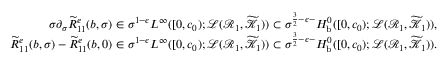
\begin{array} { r } { \sigma \partial _ { \sigma } \widetilde { R } _ { 1 1 } ^ { e } ( b , \sigma ) \in \sigma ^ { 1 - \epsilon } L ^ { \infty } ( [ 0 , c _ { 0 } ) ; \mathcal { L } ( \mathcal { R } _ { 1 } , \widetilde { \mathcal { K } } _ { 1 } ) ) \subset \sigma ^ { \frac 3 2 - \epsilon - } H _ { \mathrm { b } } ^ { 0 } ( [ 0 , c _ { 0 } ) ; \mathcal { L } ( \mathcal { R } _ { 1 } , \widetilde { \mathcal { K } } _ { 1 } ) ) , } \\ { \widetilde { R } _ { 1 1 } ^ { e } ( b , \sigma ) - \widetilde { R } _ { 1 1 } ^ { e } ( b , 0 ) \in \sigma ^ { 1 - \epsilon } L ^ { \infty } ( [ 0 , c _ { 0 } ) ; \mathcal { L } ( \mathcal { R } _ { 1 } , \widetilde { \mathcal { K } } _ { 1 } ) ) \subset \sigma ^ { \frac 3 2 - \epsilon - } H _ { \mathrm { b } } ^ { 0 } ( [ 0 , c _ { 0 } ) ; \mathcal { L } ( \mathcal { R } _ { 1 } , \widetilde { \mathcal { K } } _ { 1 } ) ) . } \end{array}